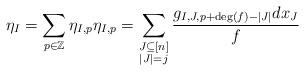
LaTeX: \begin{align*} \eta_{I} = \sum_{p \in \mathbb{Z}} \eta_{I,p} \eta_{I,p} = \sum_{\substack{J \subseteq [n] \\ |J| =j}} \frac{ g_{I,J,p+\deg(f)-|J|} dx_{J}}{f} \end{align*}